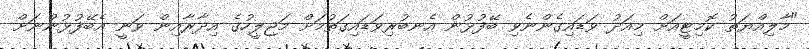
"މާލިއްޔަތު ކޮމިޓީއަށް މިއަދު ވަޑައިގެންނެވި ބޭފުޅުން އެނބުރިވަޑައިގަތުމަށް މަޖިލީހުގެ އިދާރާއިން ވަނީ އެބޭފުޅުންނަށް